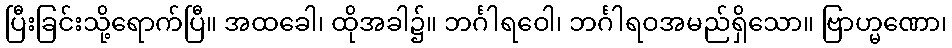
ပြီးခြင်းသို့ရောက်ပြီ။ အထခေါ၊ ထိုအခါ၌။ ဘင်္ဂါရဝေါ၊ ဘင်္ဂါရဝအမည်ရှိသော။ ဗြာဟ္မဏော၊